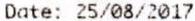
DATE: 25/08/2017